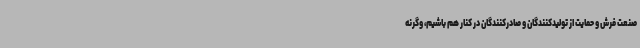
صنعت فرش و حمایت از تولیدکنندگان و صادرکنندگان در کنار هم باشیم، وگرنه